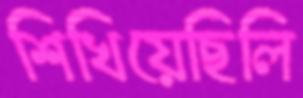
শিখিয়েছিলি